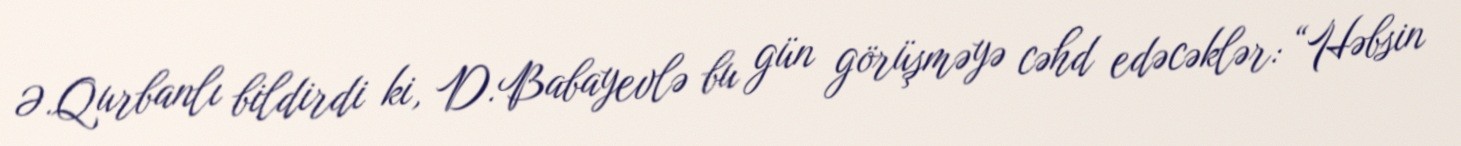
Ə.Qurbanlı bildirdi ki, D.Babayevlə bu gün görüşməyə cəhd edəcəklər: “Həbsin